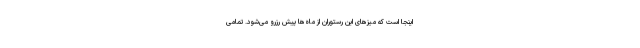
اینجا است که میز‌های این رستوران از ماه‌ها پیش رزرو می‌شود. تمامی